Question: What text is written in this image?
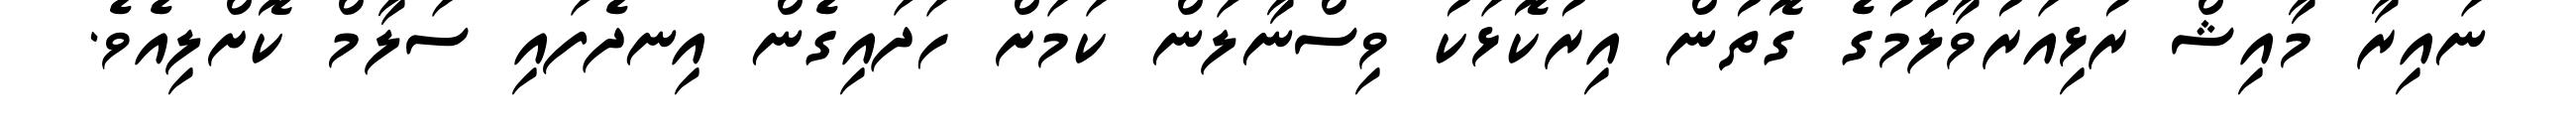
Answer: ނައިރާ މާއިޝް ރުޅިއަރުވާލުމުގެ ގޮތުން އިރުކޮޅަކު ވިސްނާލަން ކަމަށް ހަދައިގެން އިނދެފައި ސަލާމް ކޮށްލިއެވެ.